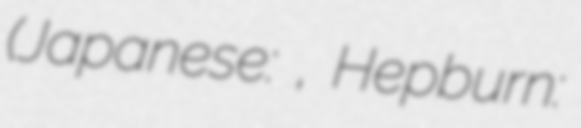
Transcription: (Japanese: 月の光, Hepburn: